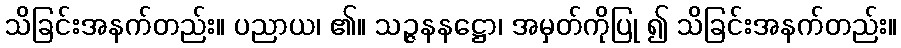
သိခြင်းအနက်တည်း။ ပညာယ၊ ၏။ သဉ္ဇနနဋ္ဌော၊ အမှတ်ကိုပြု ၍ သိခြင်းအနက်တည်း။